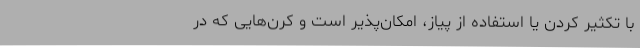
با تکثیر کردن یا استفاده از پیاز، امکان‌پذیر است و کرن‌هایی که در